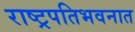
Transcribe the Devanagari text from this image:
राष्ट्रपतिभवनात